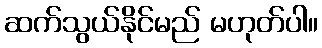
ဆက်သွယ်နိုင်မည် မဟုတ်ပါ။